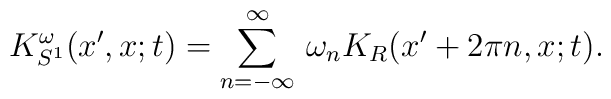
K_{S^1}^{\omega} ( x' , x ; t )	=	\sum_{ n = - \infty }^{ \infty } \,	\omega_n	K_{R} ( x' + 2 \pi n , x ; t ).